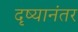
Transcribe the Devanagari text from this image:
दृष्यानंतर